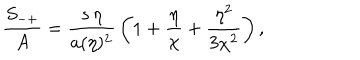
{ \frac { S _ { - + } } { A } } = { \frac { s \, \eta } { a ( \eta ) ^ { 2 } } } \left( 1 + { \frac { \eta } { \chi } } + { \frac { \eta ^ { 2 } } { 3 \chi ^ { 2 } } } \right) ,